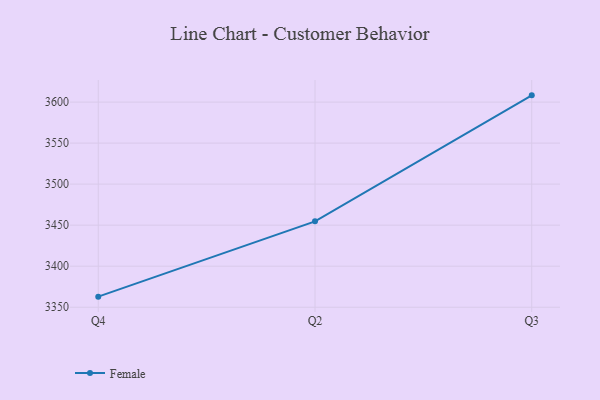
{"axis": {"x": "Quarter", "y": "Production Output"}, "legend": ["Female"], "data": [{"x": "Q4", "y": 3362.9, "type": "Female"}, {"x": "Q2", "y": 3454.7, "type": "Female"}, {"x": "Q3", "y": 3608.2, "type": "Female"}]}